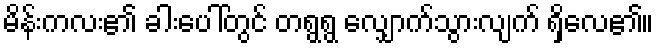
မိန်းကလး၏ ခါးပေါ်တွင် တရွရွ လျှောက်သွားလျက် ရှိလေ၏။